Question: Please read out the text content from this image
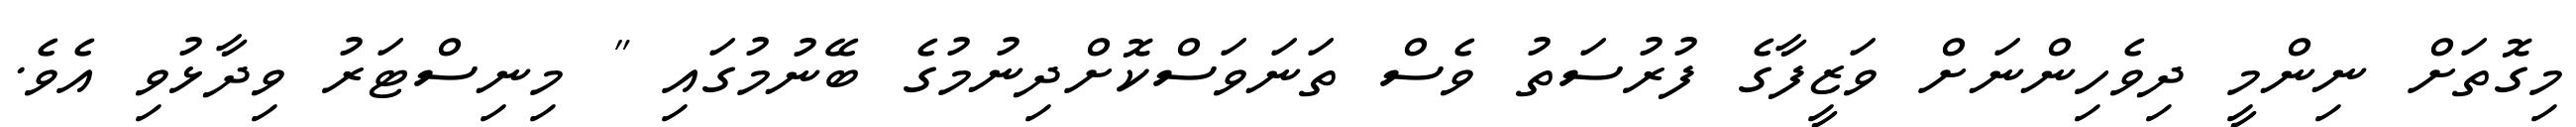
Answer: މިގޮތަށް ނިންމީ ދިވެހިންނަށް ވަޒީފާގެ ފުރުސަތު ވެސް ތަނަވަސްކޮށްދިނުމުގެ ބޭނުމުގައި " މިނިސްޓަރު ވިދާޅުވި އެވެ.